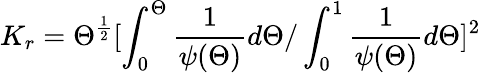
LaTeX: K_{r}=\Theta^{\frac{1}{2}}[\int_{0}^{\Theta}\frac{1}{\psi(\Theta)}d\Theta/\int_{0}^{1}\frac{1}{\psi(\Theta)}d\Theta]^{2}